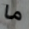
ما